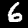
Label: 6